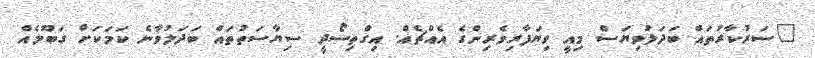
"ސަރުކާރުތައް ބަދަލުވިޔަސް މިއީ ވިޔަފާރިވެރިންގެ އެއްޗެއް. އިގްތިސޯދީ ސިޔާސަތުތައް ބަދަލުވާނެ ކަމަކަށް ގަބޫލެއް